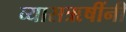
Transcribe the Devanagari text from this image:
व्यासऋषींनी